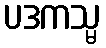
ပဒကသ္မ